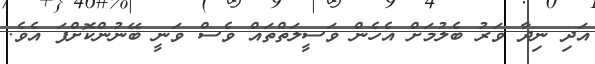
އަދި ނިދާ ވަރު ބެލުމަށް އެހެން ވަސީލަތްތައް ވެސް ވަނީ ބޭނުންކޮށްފަ އެވެ.